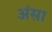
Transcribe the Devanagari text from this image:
अंसा